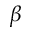
\beta